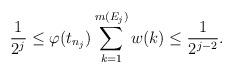
LaTeX: \begin{align*} \frac{1}{2^j} \leq \varphi(t_{n_j}) \sum_{k=1}^{m(E_j)}w(k) \leq \frac{1}{2^{j-2}}.\end{align*}